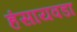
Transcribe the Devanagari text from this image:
हंसायवडा